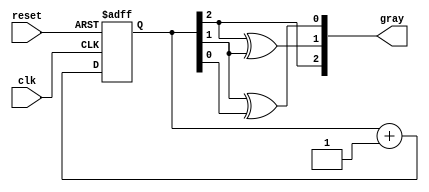
module gray_code_async_counter (
    input wire clk,         // Clock input
    input wire reset,       // Asynchronous reset
    output reg [2:0] gray   // 3-bit Gray Code output
);

    // Internal signals for the D flip-flops representing the binary state
    reg [2:0] binary;

    // Asynchronous reset logic
    always @(posedge clk or posedge reset) begin
        if (reset) begin
            binary <= 3'b000; // Reset the binary counter to 0
        end else begin
            // Increment the binary counter and wrap around after 7 (for 3 bits)
            binary <= binary + 1'b1;
        end
    end

    // Combinational logic to generate Gray Code from binary
    always @(*) begin
        gray[2] = binary[2];             // MSB remains the same
        gray[1] = binary[2] ^ binary[1]; // Second bit is XOR of MSB and next bit
        gray[0] = binary[1] ^ binary[0]; // LSB is XOR of second bit and LSB
    end

endmodule